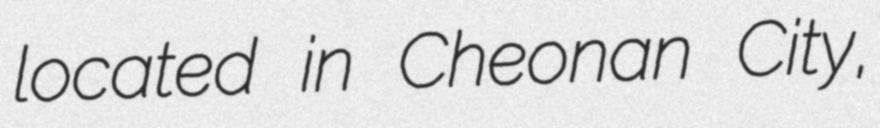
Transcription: located in Cheonan City,